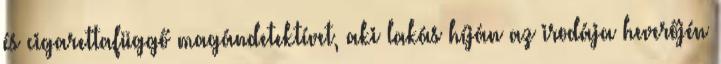
és cigarettafüggő magándetektívet, aki lakás híján az irodája heverőjén